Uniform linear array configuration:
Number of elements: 12
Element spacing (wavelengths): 0.75
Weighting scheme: hann
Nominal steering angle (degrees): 30
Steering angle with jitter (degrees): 30.561
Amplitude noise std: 0.05
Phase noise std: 0.05

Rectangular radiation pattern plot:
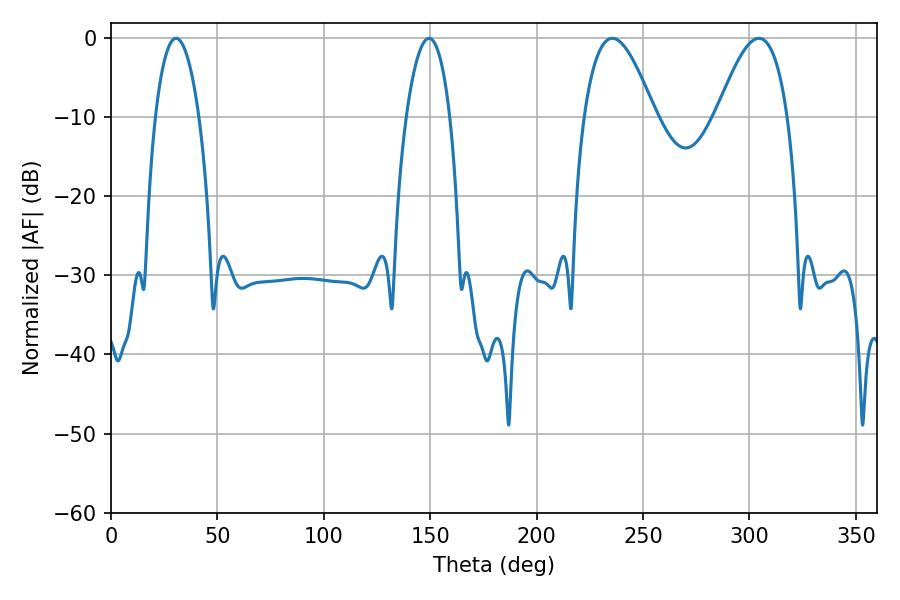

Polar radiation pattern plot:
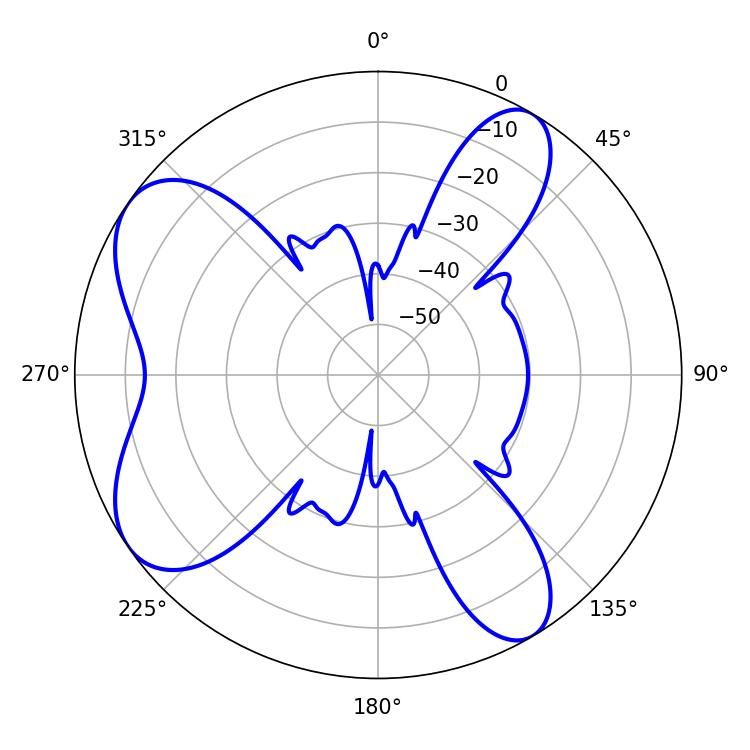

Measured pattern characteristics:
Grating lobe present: TRUE
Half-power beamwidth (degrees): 18
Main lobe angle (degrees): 235.62